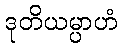
ဒုတိယမ္ပာဟံ